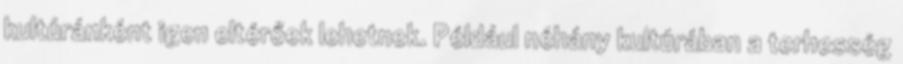
kultúránként igen eltérőek lehetnek. Például néhány kultúrában a terhesség